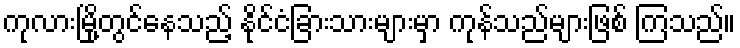
ကုလားမြို့တွင်နေသည့် နိုင်ငံခြားသားများမှာ ကုန်သည်များဖြစ် ကြသည်။